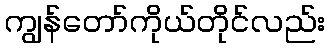
ကျွန်တော်ကိုယ်တိုင်လည်း